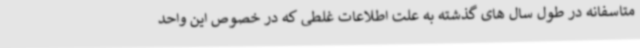
متاسفانه در طول سال های گذشته به علت اطلاعات غلطی که در خصوص این واحد